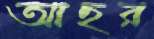
আছর